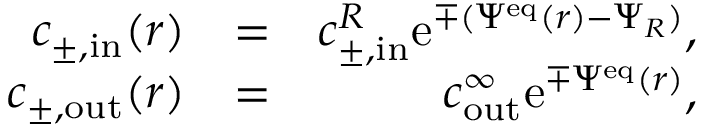
\begin{array} { r l r } { c _ { \pm , \mathrm { i n } } ( r ) } & { = } & { c _ { \pm , \mathrm { i n } } ^ { R } \mathrm { e } ^ { \mp ( \Psi ^ { \mathrm { e q } } ( r ) - \Psi _ { R } ) } , } \\ { c _ { \pm , \mathrm { o u t } } ( r ) } & { = } & { c _ { \mathrm { o u t } } ^ { \infty } \mathrm { e } ^ { \mp \Psi ^ { \mathrm { e q } } ( r ) } , } \end{array}